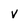
Character: v